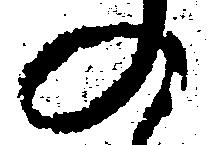
の